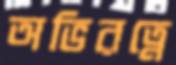
অভিরত্নে